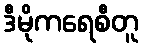
ဒီမိုကရေစီတူ